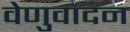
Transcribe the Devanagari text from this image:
वेणुवादन